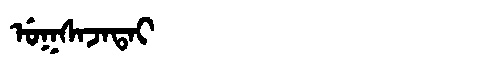
Manchu: ᡠᡴᠰᠠᠵᠠᡨᠠᡳ
Romanization: UKSAJATAI